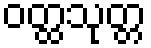
ဝတ္ထသုတ္တ